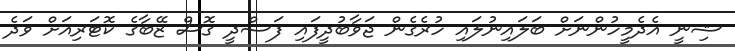
ޝިނީ އެދެމީހުންނަށް ބަލައިނުލައި ހުރެގެން ޖަވާބުދީފައި ފަސްދީ ގޮސް ޒޭބާގެ ކޮޓަރިއަށް ވަދެ